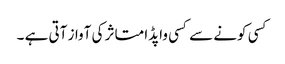
کسی کونے سے کسی واپڈا متاثر کی آواز آتی ہے ۔